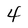
Character: 4